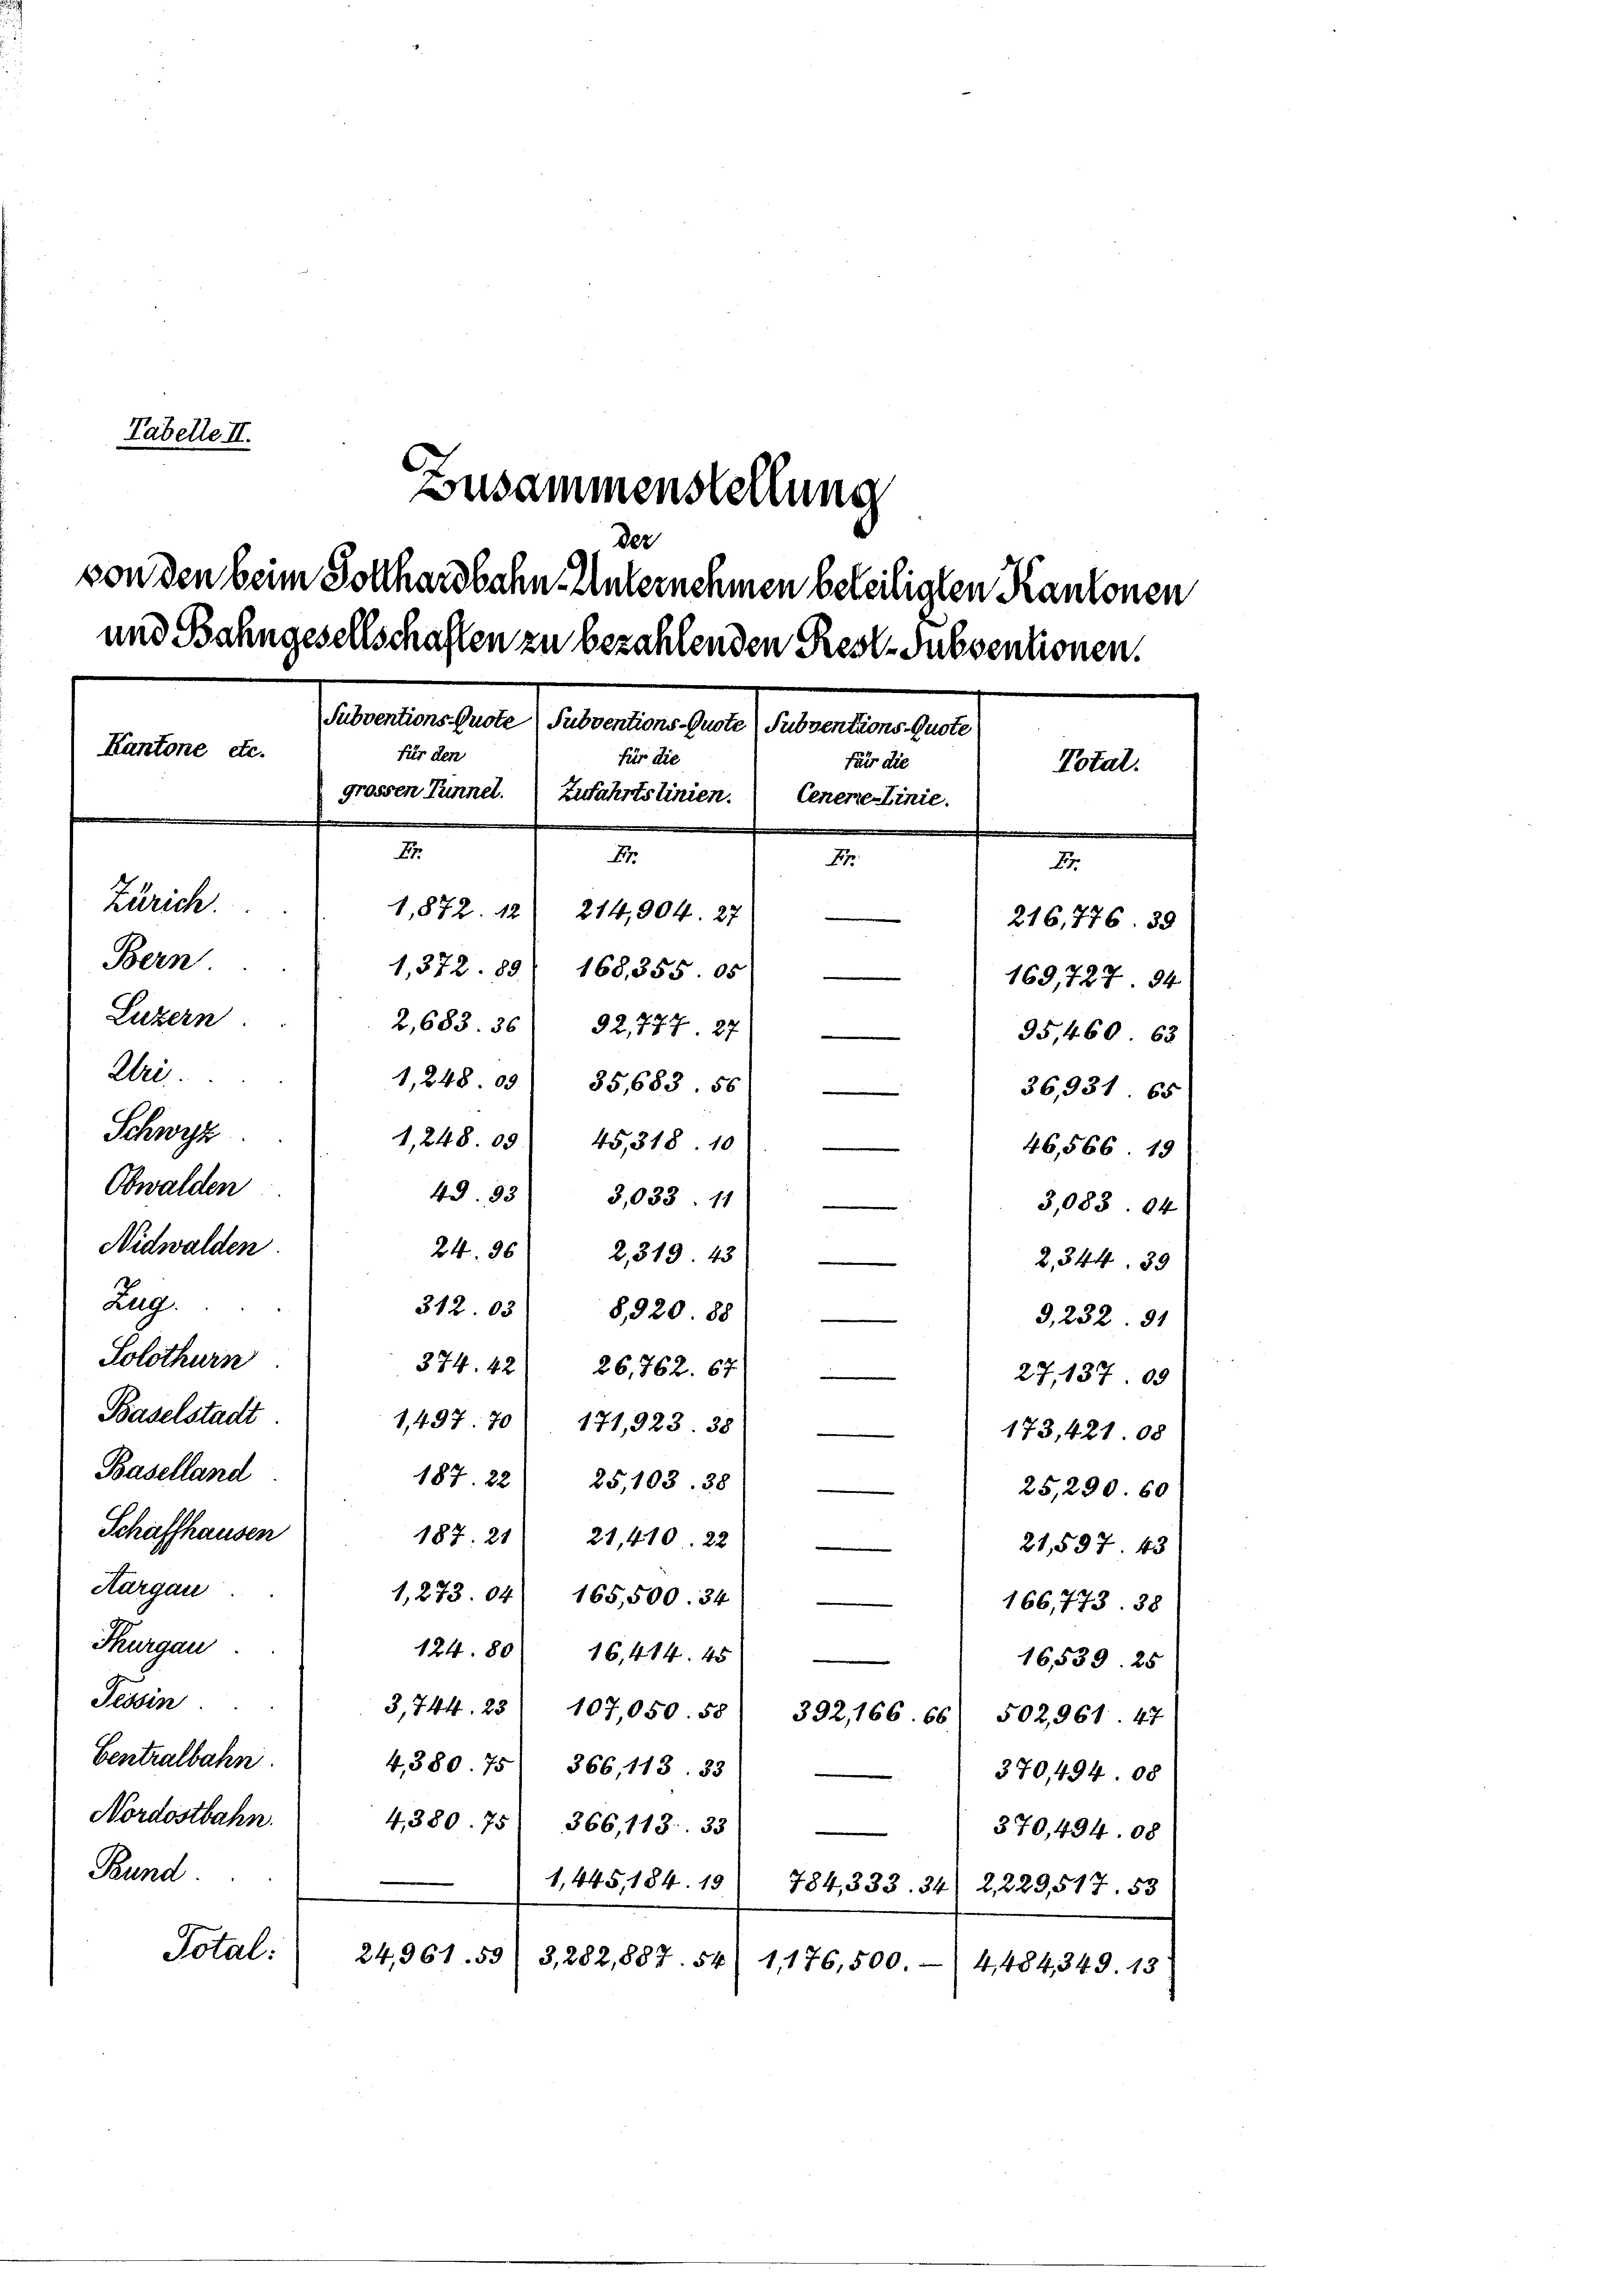
Tabelle II.
Zusammenstellung

Cementen Gemeiner Fernenber
one etc.
für den
für die
grossen Tunnel. Zufahrtslinien.
Cenene Linie.

der
von den beim Sollhardbahn Unternehmen beteiligten Kantonen
id Bahngesellschaften zu bezahlenden Reste Subventionen

1,248. 09. 45318. 10
40. 33) 3,033. 11)
den
24.26 2,319. 43
312. 03) 8920.88)
8
374. 42. 26,762. 67.
tadt.
1,497. 70) 171,923. 38
redt
187. 22) 25,103. 38
erden
187. 21 21,410. 22
1,273. 04 165,500. 34
el
124. 80 16,414. 45
3,744. 23/ 107,050. 55/ 392,166. 66 502,961. 47
albahn. 4380. 75 366, 113. 33
Nordostbahn. 4380. 75. 366,113. 33
d
1,445, 184. 19
Total:
24,961. 59
3,282,887. 54/ 1,176,500.- (4,484, 349. 13

Für die
Total.
.
.
2
27.
1,872. 12 214,904. 27
216, 776. 39
1,372. 89. 168,355. 05

169,727. 94
2,683. 36 92,777 27
95,460. 63

1,248. 09) 35,683. 56
e
36,931. 65

46,566. 19
3,083. 94
2,344. 39
G,232. 91
e
27, 137. 09
173,421. 08
25,290. 60
21,597. 43
166,773. 38
16539. 25
370,494. 08
370,494. 08
784,333. 34 2,229,517. 53

e